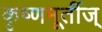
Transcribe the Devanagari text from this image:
कृष्णमूर्तीज्‌